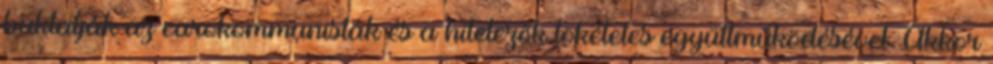
buktatják az euro­kommu­nisták és a hitelezők tökéletes együttműködésével. Akkor